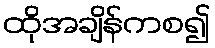
ထိုအချိန်ကစ၍